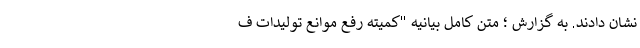
نشان دادند. به گزارش ؛ متن کامل بیانیه "کمیته رفع موانع تولیدات ف